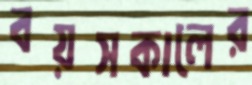
বয়সকালের